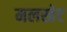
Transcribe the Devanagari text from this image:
मलखेट